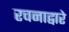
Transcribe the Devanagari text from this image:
रचनाद्वारे